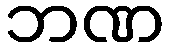
ဘဏ